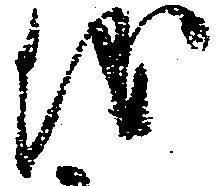
儀